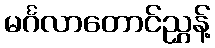
မင်္ဂလာတောင်ညွှန့်